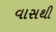
વાસથી